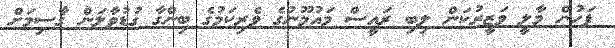
ފަހުން މާލީ ވަޒީރުކަން ލިބި ރައީސް މައުމޫނުގެ ވެރިކަމުގެ ބިންގާ ގުޑުވާލަން ގާސިމަށް